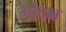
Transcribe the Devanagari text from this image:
गोदन